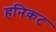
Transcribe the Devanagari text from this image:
हनिकट